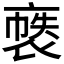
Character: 𲀶